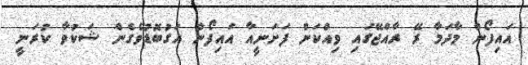
އައިފޯން މާދަމާ ރޭ ރާއްޖޭގައި ވިއްކަން ފަށަނީއާ އައިފޯން އަގުބޮޑުވެގެން ޝަކުވާ ކުރަނީ